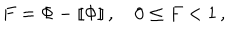
F = \Phi - [ \! [ \Phi ] \! ] \, , \quad 0 \leq F < 1 \, ,